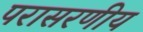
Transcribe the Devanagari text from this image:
परासरणीय